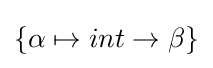
\left\{\alpha \mapsto int\rightarrow \beta \right\}